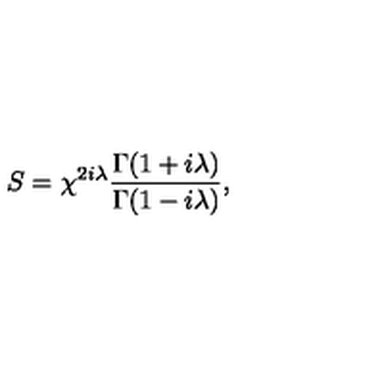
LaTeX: S = \chi ^ { 2 i \lambda } \frac { \Gamma ( 1 + i \lambda ) } { \Gamma ( 1 - i \lambda ) } ,